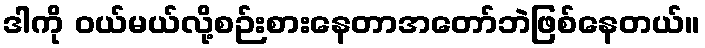
ဒါကို ဝယ်မယ်လို့စဉ်းစားနေတာအတော်ဘဲဖြစ်နေတယ်။